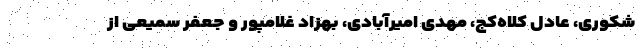
شکوری، عادل کلاه‌کج، مهدی امیرآبادی، بهزاد غلامپور و جعفر سمیعی از